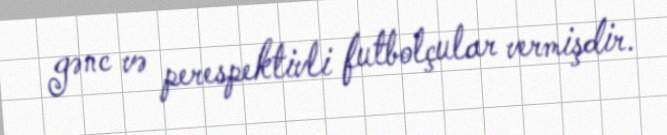
gənc və perespektivli futbolçular vermişdir.